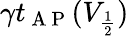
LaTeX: \gamma t_{\mathrm{~A~P~}}(V_{\frac{1}{2}})